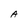
Character: A